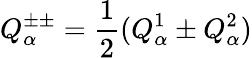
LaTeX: Q_{\alpha}^{\pm\pm}={\frac{1}{2}}(Q_{\alpha}^{1}\pm Q_{\alpha}^{2})